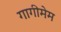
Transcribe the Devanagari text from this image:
गागीमेम